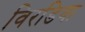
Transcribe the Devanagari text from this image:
विरडिया